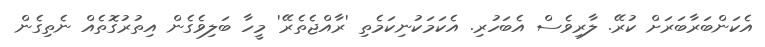
އެކަންބަރާބަރަށް ކުރޭ. ލާރިވެސް އެބަހުރި. އެކަމަކުނިކަމެތި 'ރާއްޖެތެރޭ' މީހާ ބަލިވެގެން އިތުރުގޮތެއް ނެތިގެން